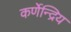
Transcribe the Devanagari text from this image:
कर्णेन्द्रिय